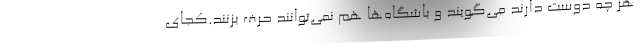
هر چه دوست دارند می‌گویند و باشگاه‌ها هم نمی‌توانند حرف بزنند.کجای